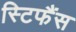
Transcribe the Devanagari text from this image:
स्टिफैंस